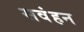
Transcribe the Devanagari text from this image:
सवंहन